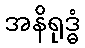
အနိရုဒ္ဓံ